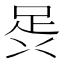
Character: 𮛎